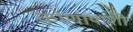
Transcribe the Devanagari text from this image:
कोणापाशी